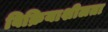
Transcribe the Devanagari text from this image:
विक्रियाशीलता